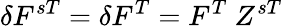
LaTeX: \delta F^{sT}=\delta F^{T}=F^{T}~Z^{sT}